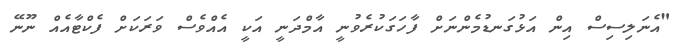
"އެނަލިސިސް އިން އަޅުގަނޑުމެންނަށް ފާހަގަކުރެވުނީ އާމްދަނީ އަކީ އެއްވެސް ވަރަކަށް ފެކްޓާއެއް ނޫނޭ